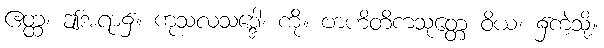
ဧတ္ထ၊ ဤအရာ၌။ ကုသလသဒ္ဒေါ၊ ကို။ ဗာဟိတိကသုတ္တေ ဝိယ၊ ၌ကဲ့သို့။